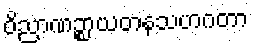
ဝိညာဏဉ္စာယတနသဟဂတာ